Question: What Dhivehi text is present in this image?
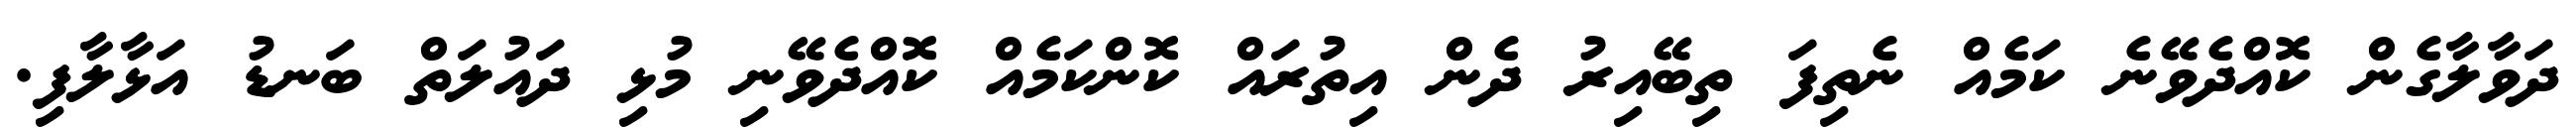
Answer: ދަވާލާގެން ކޮއްދެވޭނެ ކަމެއް ނެތިފަ ތިބޭއިރު ދެން އިތުރައް ކޮންކަމެއް ކޮއްދެވޭނި މުޅި ދައުލަތް ބަނޑު އަޅާލާފި.